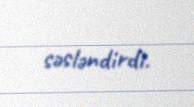
səsləndirdi.